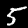
Digit: 5